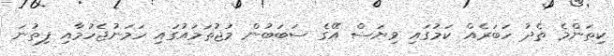
ކިތަންމެ ތެދު ހަބަރެއް ކަމުގައި ވިޔަސް އޭގެ ސަބަބުން މުޖުތަމައުގައި ހަމަނުޖެހުމާއި ފިތުނަ